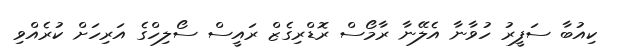
ކިއުބާ ސަފީރު ހުވާނާ އެލޭނާ ރާމޯސް ރޮޑްރިގެޒް ރައީސް ސޯލިހްގެ އަރިހަށް ކުރެއްވި